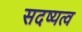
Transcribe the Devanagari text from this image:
सदष्यत्व